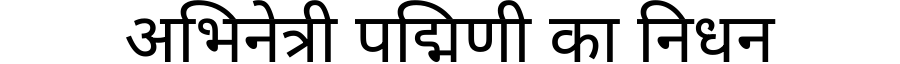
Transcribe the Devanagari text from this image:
अभिनेत्री पद्मिणी का निधन